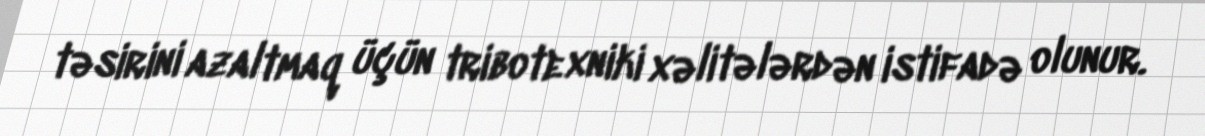
təsirini azaltmaq üçün tribotexniki xəlitələrdən istifadə olunur.